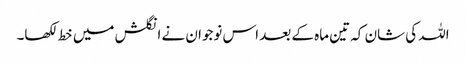
اللہ کی شان کہ تین ماہ کے بعد اس نوجوان نے انگلش میں خط لکھا۔